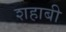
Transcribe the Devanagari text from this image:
शहाबी